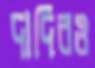
দাদিরও